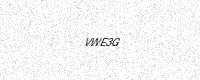
Text: VWE3G